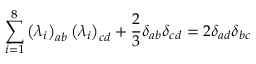
\sum _ { i = 1 } ^ { 8 } \left( \lambda _ { i } \right) _ { a b } \left( \lambda _ { i } \right) _ { c d } + \frac { 2 } { 3 } \delta _ { a b } \delta _ { c d } = 2 \delta _ { a d } \delta _ { b c }